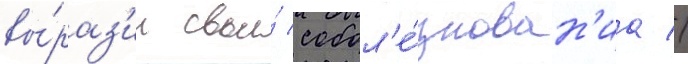
вы́раз'ил свои́ собол'е́знован'иа //